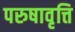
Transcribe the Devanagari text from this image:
परुषावृत्ति